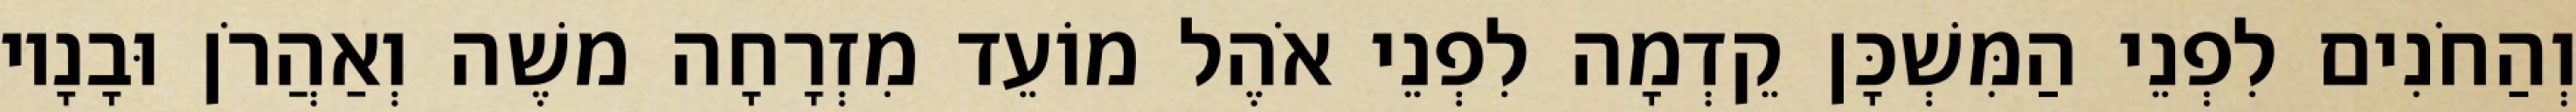
וְהַחֹנִים לִפְנֵי הַמִּשְׁכָּן קֵדְמָה לִפְנֵי אֹהֶל מוֹעֵד מִזְרָחָה משֶׁה וְאַהֲרֹן וּבָנָיו